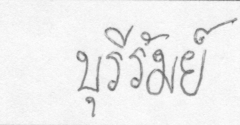
บุรีรัมย์